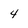
Character: 4